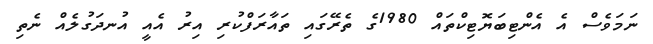
ނަމަވެސް އެ އެންޓިބަޔޮޓިކްތައް 1980ގެ ތެރޭގައި ތައާރަފްކުރި އިރު އެއީ އުނދަގުލެއް ނެތި